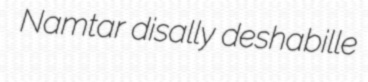
Namtar disally deshabille